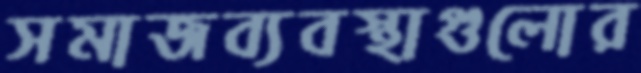
সমাজব্যবস্থাগুলোর